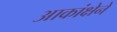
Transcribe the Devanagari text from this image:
आकांक्षेने